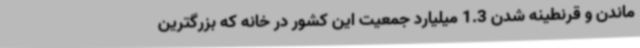
ماندن و قرنطینه شدن 1.3 میلیارد جمعیت این کشور در خانه که بزرگترین